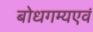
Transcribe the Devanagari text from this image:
बोधगम्यएवं